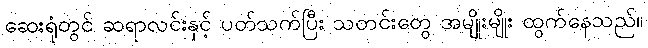
ဆေးရုံတွင် ဆရာလင်းနှင့် ပတ်သက်ပြီး သတင်းတွေ အမျိုးမျိုး ထွက်နေသည်။